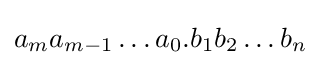
a_{m}a_{m-1}\ldots a_{0}.b_{1}b_{2}\ldots b_{n}